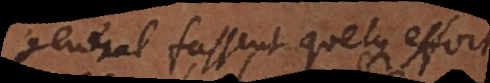
general, fassent quelque effort